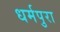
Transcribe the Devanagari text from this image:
धर्मपुरा